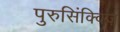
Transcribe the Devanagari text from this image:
पुरुसिंक्विज़